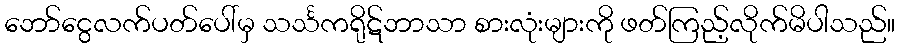
ဘော်ငွေလက်ပတ်ပေါ်မှ သင်္သကရိုဋ်ဘာသာ စားလုံးများကို ဖတ်ကြည့်လိုက်မိပါသည်။